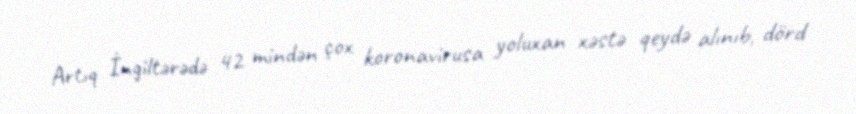
Artıq İngiltərədə 42 mindən çox koronavirusa yoluxan xəstə qeydə alınıb, dörd